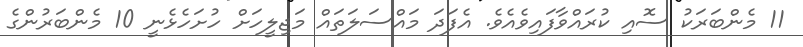
11 މެންބަރަކު ސޮއި ކުރައްވާފައިވެއެވެ. އެފަދަ މައްސަލަތައް މަޖިލީހަށް ހުށަހެޅެނީ 10 މެންބަރުންގެ